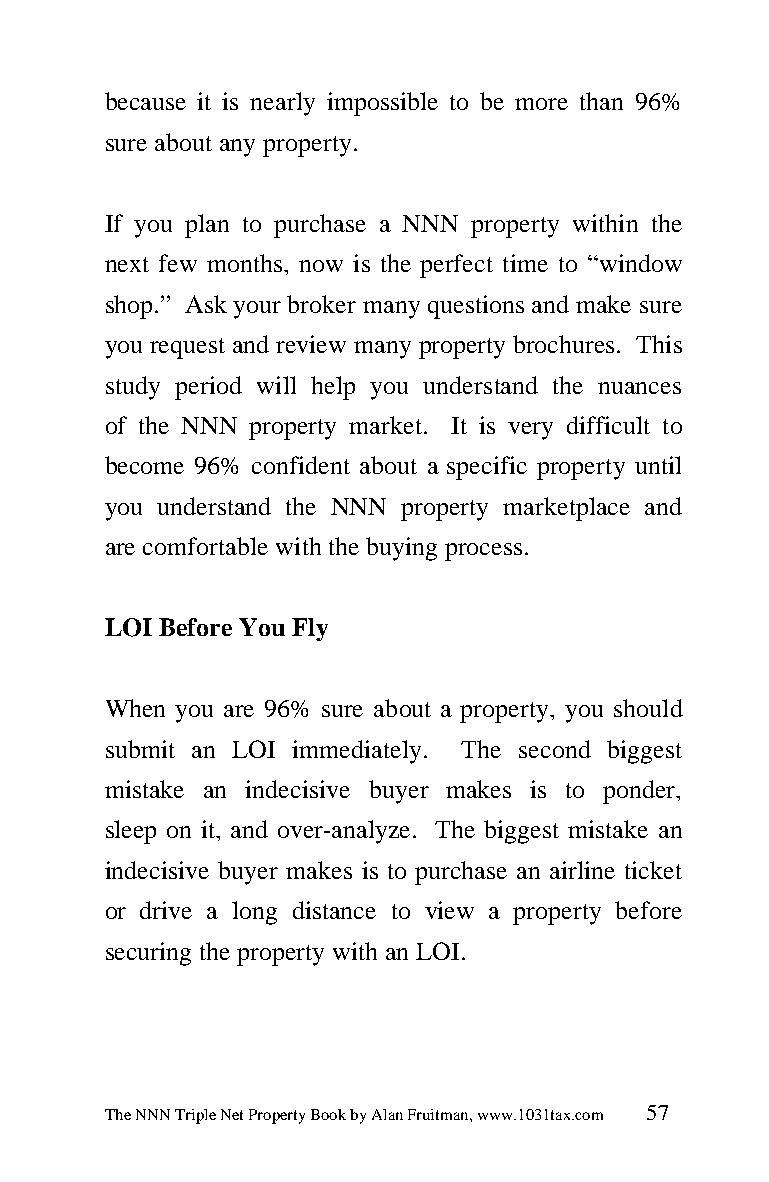
because it is nearly impossible to be more than 96%
 sure about any property.
 If you plan to purchase a NNN property within the
 next few months, now is the perfect time to “window
 shop.” Ask your broker many questions and make sure
 you request and review many property brochures. This
 study period will help you understand the nuances
 of the NNN property market. It is very difficult to
 become 96% confident about a specific property until
 you understand the NNN property marketplace and
 are comfortable with the buying process.
 LOI Before You Fly
 When you are 96% sure about a property, you should
 submit an LOI immediately. The second biggest
 mistake an indecisive buyer makes is to ponder,
 sleep on it, and over-analyze. The biggest mistake an
 indecisive buyer makes is to purchase an airline ticket
 or drive a long distance to view a property before
 securing the property with an LOI.
 The NNN Triple Net Property Book by Alan Fruitman, www.1031tax.com 57